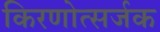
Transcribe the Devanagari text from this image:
किरणोत्सर्जक